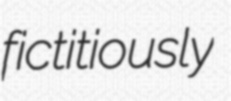
fictitiously